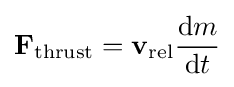
\mathbf {F} _{\mathrm {thrust} }=\mathbf {v} _{\mathrm {rel} }{\frac {\mathrm {d} m}{\mathrm {d} t}}